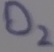
Text: D2